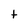
Character: t